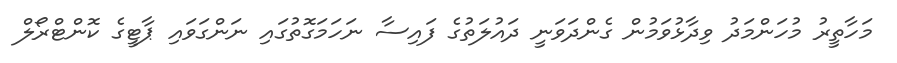
މަހާތީރު މުހަންމަދު ވިދާޅުވަމުން ގެންދަވަނީ ދައުލަތުގެ ފައިސާ ނަހަމަގޮތުގައި ނަންގަވައި ޕާޓީގެ ކޮންޓްރޯލް